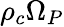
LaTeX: \rho_{c}\Omega_{P}